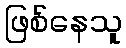
ဖြစ်နေသူ